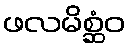
ဖလမိစ္ဆံဝ